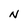
Character: N